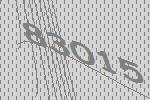
83015